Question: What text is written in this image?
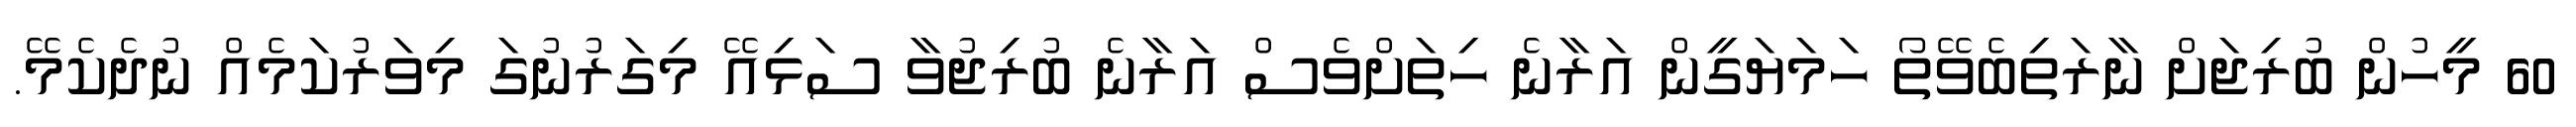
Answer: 60 މީހުން ބުރިޖަށް ނާރަތިބެވޭތޯ ހަމަޔަގީން އަރާނެ ހިތަށްވެސް އަރާނެ ބުރިޖުވާ ސަޅިއޭ މިގަރުނުގަ މިވަރުކަމެއް ނުދެކެމޭ.